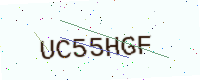
Text: UC55HGF